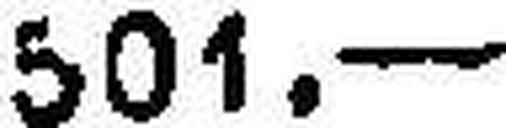
501.—